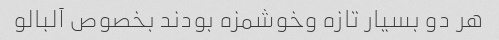
هر دو بسیار تازه وخوشمزه بودند بخصوص آلبالو